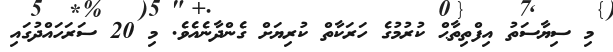
މި ސިޔާސަތު އިފްތިތާޙް ކުރުމުގެ ހަރަކާތް ކުރިޔަށް ގެންދާނެއެވެ. މި 20 ސަރަހައްދުގައި